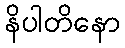
နိပါတိနော